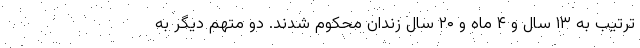
ترتیب به ۱۳ سال و ۴ ماه و ۲۰ سال زندان محکوم شدند. دو متهم دیگر به